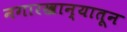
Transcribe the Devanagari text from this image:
नगारखान्यातून